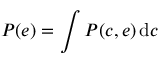
P ( \boldsymbol { e } ) = \int P ( \boldsymbol { c } , \boldsymbol { e } ) \, \mathrm { d } \boldsymbol { c }